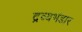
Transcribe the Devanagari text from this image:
द्रव्यभंडार